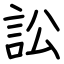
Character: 訟